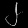
Digit: ၂